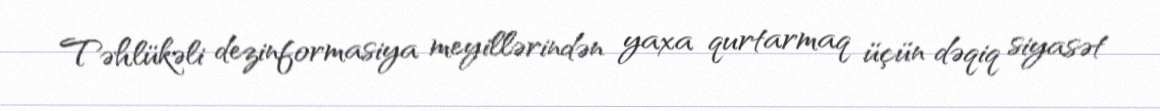
Təhlükəli dezinformasiya meyillərindən yaxa qurtarmaq üçün dəqiq siyasət